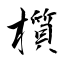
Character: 櫍